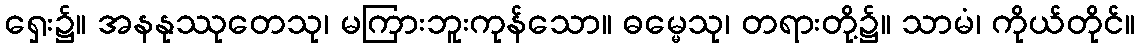
ရှေး၌။ အနနုဿုတေသု၊ မကြားဘူးကုန်သော။ ဓမ္မေသု၊ တရားတို့၌။ သာမံ၊ ကိုယ်တိုင်။